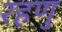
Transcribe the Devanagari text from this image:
रहणु